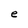
Character: e